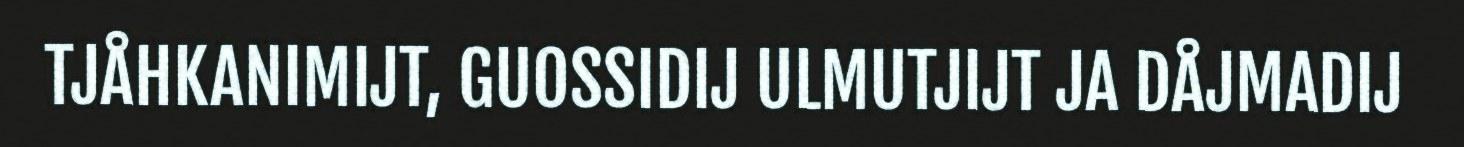
TJÅHKANIMIJT, GUOSSIDIJ ULMUTJIJT JA DÅJMADIJ